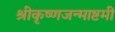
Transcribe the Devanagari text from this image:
श्रीकृष्णजन्माष्टमी